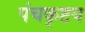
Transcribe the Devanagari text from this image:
पंचकृष्टय